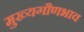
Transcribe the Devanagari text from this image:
मुख्यगौणभाव